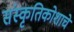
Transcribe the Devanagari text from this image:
संस्कृतिकोशाचे